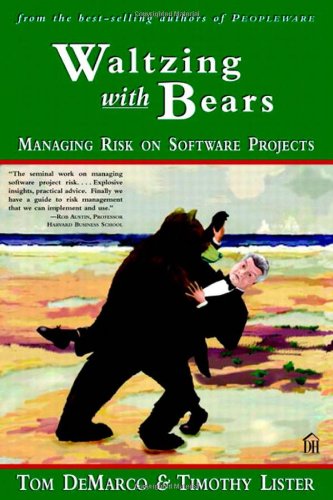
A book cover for Waltzing With Bears: Managing Risk on Software Projects; Tom DeMarco; Test Preparation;